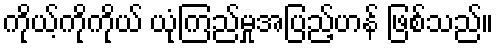
ကိုယ့်ကိုကိုယ် ယုံကြည်မှုအပြည့်ဟန် ဖြစ်သည်။